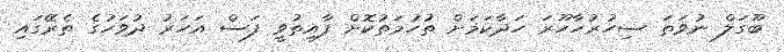
ބޫގަލް ނުވަތަ ސިހުރުހާހޫރަ ހަދާކަމަށް ތުހުމަތުކޮށް ފާއިތުވީ ފަސް އަހަރު ދުވަހުގެ ތެރޭގައި